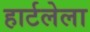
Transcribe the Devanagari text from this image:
हार्टलेला